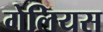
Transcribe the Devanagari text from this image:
गेलियस